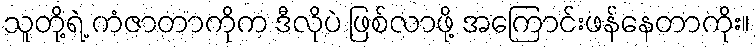
သူတို့ရဲ့ ကံဇာတာကိုက ဒီလိုပဲ ဖြစ်လာဖို့ အကြောင်းဖန်နေတာကိုး။